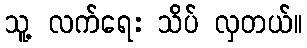
သူ့ လက်ရေး သိပ် လှတယ်။